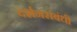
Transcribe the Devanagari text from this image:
दर्शनसंबंधी